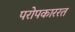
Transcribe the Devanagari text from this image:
परोपकाररत